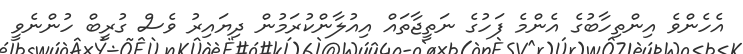
އެހެންވެ އިންތިހާބުގެ އެންމެ ފަހުގެ ނަތީޖާތައް އިއުލާންކުރަމުން ދިޔައިރު ވެސް ގުރީބް ހުންނެވީ